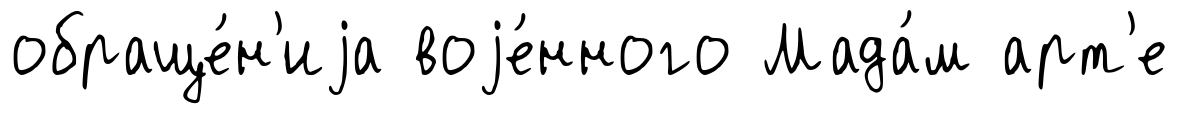
обраще́н'иjа воjе́нного Мада́м арт'е